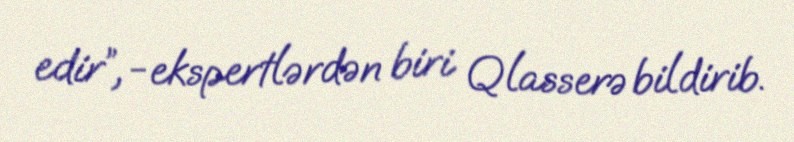
edir”, -ekspertlərdən biri Qlasserə bildirib.